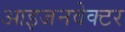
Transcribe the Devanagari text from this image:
आइजनवेक्टर